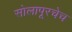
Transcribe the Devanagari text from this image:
सोलापूरचेच